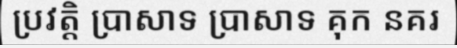
ប្រវត្តិ ប្រាសាទ ប្រាសាទ គុក នគរ